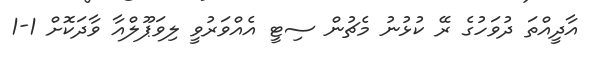
އާދީއްތަ ދުވަހުގެ ރޭ ކުޅުނު މެޗުން ސިޓީ އެއްވަރުވީ ލިވަޕޫލްއާ ވާދަކޮށް 1-1